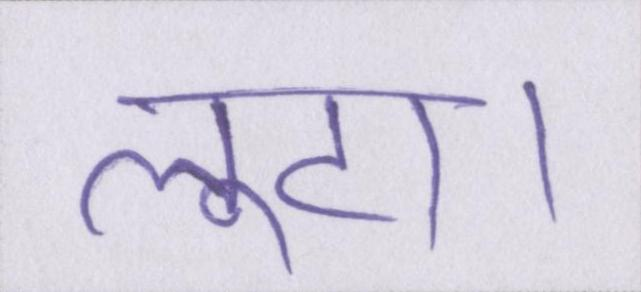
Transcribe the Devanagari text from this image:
लूटा।